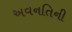
અવનતિની